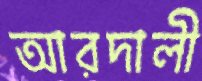
আরদালী